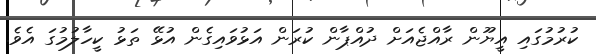
ކުރުމުގައި އީޔޫން ރާއްޖެއަށް ދުއްޕާން ކުރަން އަޅުވައިގެން އުޅޭ ތަޅު ކީހާލުމުގަ އެވެ.